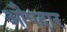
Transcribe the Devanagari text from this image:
औपदार